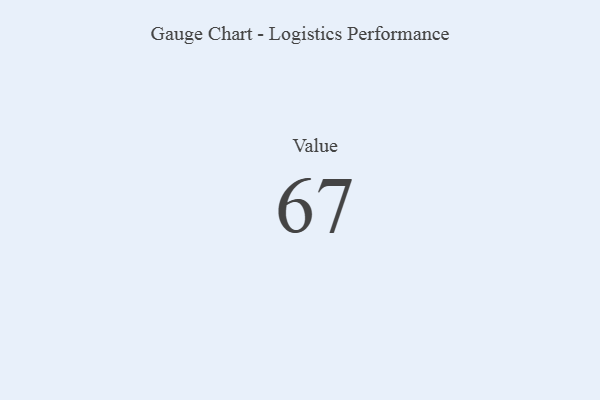
{"axis": {"x": "Metric", "y": "Value"}, "legend": [""], "data": [{"x": "Value", "y": 67, "type": ""}]}